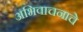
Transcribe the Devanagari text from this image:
अभिवाचनाचे